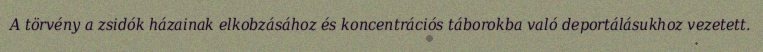
A törvény a zsidók házainak elkobzásához és koncentrációs táborokba való deportálásukhoz vezetett.